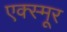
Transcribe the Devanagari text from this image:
एक्स्मूर